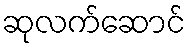
ဆုလက်ဆောင်